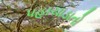
પહાચાડાતો